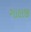
ગાલજી